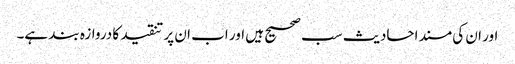
اور ان کی مسند احادیث سب صحیح ہیں اور اب ان پر تنقید کا دروازہ بند ہے۔